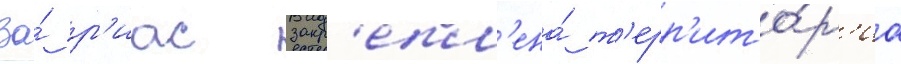
За́ р'иас закр'епл'ена́ т'ерр'ито́р'иа